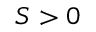
S > 0